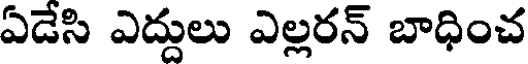
ఏడేసి ఎద్దులు ఎల్లరన్ బాధించ